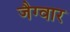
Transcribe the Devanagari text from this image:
जैग्वार